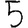
Digit: 5